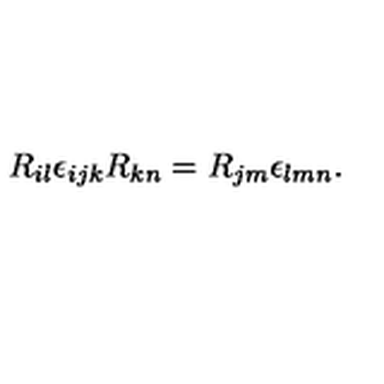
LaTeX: R _ { i l } \epsilon _ { i j k } R _ { k n } = R _ { j m } \epsilon _ { l m n } .